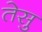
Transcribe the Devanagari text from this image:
तेसु